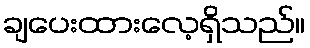
ချပေးထားလေ့ရှိသည်။